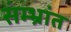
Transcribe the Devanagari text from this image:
संम्भ्रांत